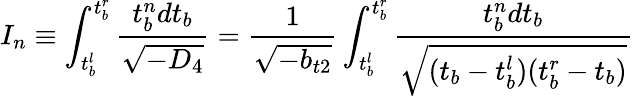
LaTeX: I_{n}\equiv\int_{t_{b}^{l}}^{t_{b}^{r}}\frac{t_{b}^{n}dt_{b}}{\sqrt{-D_{4}}}=\frac{1}{\sqrt{-b_{t2}}}\int_{t_{b}^{l}}^{t_{b}^{r}}\frac{t_{b}^{n}dt_{b}}{\sqrt{(t_{b}-t_{b}^{l})(t_{b}^{r}-t_{b})}}